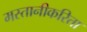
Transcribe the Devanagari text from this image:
मस्तानीकरिता